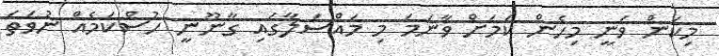
މިކަން ވަނީ މިހެން ކަމަށް ވާނަމަ މި މައްސަލާގައި ގާނޫނީ ހުސްކަމެއް ނުވަތަ